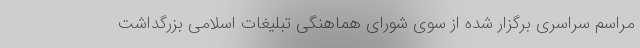
مراسم سراسری برگزار شده از سوی شورای هماهنگی تبلیغات اسلامی بزرگداشت